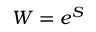
W = e ^ { S }